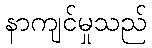
နာကျင်မှုသည်